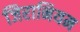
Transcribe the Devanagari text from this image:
जिरानियम